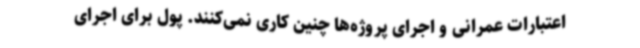
اعتبارات عمرانی و اجرای پروژه‌ها چنین کاری نمی‌کنند. پول برای اجرای